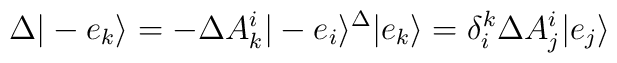
\Delta |-e_k\rangle = -\Delta A_k^i |-e_i\rangle \sp\Delta |e_k\rangle = \delta^k_i  \Delta A_j^i |e_j \rangle